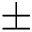
{ \pm }